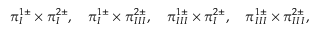
\pi _ { I } ^ { 1 \pm } \times \pi _ { I } ^ { 2 \pm } , \quad \pi _ { I } ^ { 1 \pm } \times \pi _ { I I I } ^ { 2 \pm } , \quad \pi _ { I I I } ^ { 1 \pm } \times \pi _ { I } ^ { 2 \pm } , \quad \pi _ { I I I } ^ { 1 \pm } \times \pi _ { I I I } ^ { 2 \pm } ,